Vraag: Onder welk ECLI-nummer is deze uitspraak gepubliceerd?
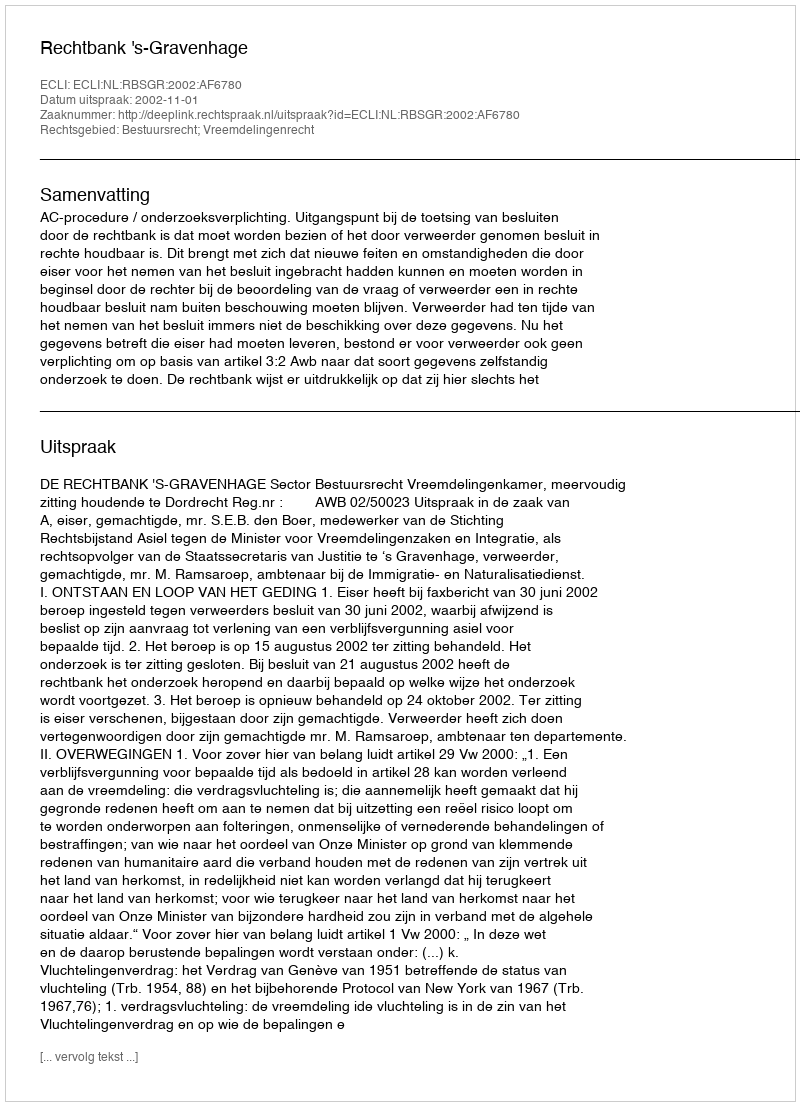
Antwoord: ECLI:NL:RBSGR:2002:AF6780